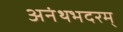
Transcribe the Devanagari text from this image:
अनंथभदरम्